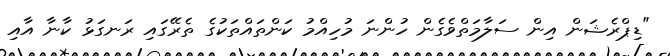
"ޑިޕްރެޝަން އިން ސަލާމަތްވެގެން ހުންނަ މުހިއްމު ކަންތައްތަކުގެ ތެރޭގައި ރަނގަޅު ކާނާ އާއި